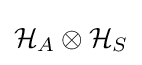
{\mathcal {H}}_{A}\otimes {\mathcal {H}}_{S}